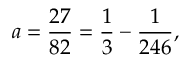
a = { \frac { 2 7 } { 8 2 } } = { \frac { 1 } { 3 } } - { \frac { 1 } { 2 4 6 } } ,